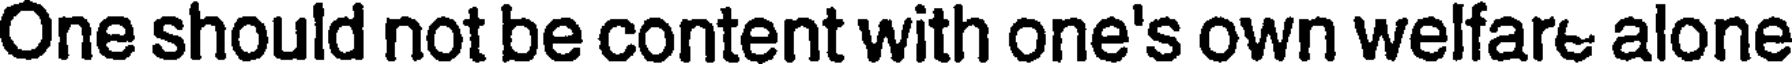
One should not be content with one's own welfare alone